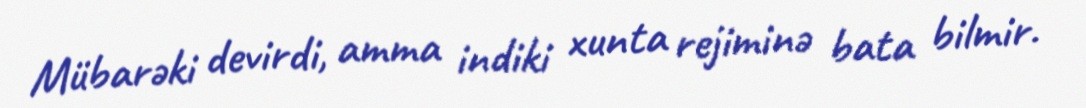
Mübarəki devirdi, amma indiki xunta rejiminə bata bilmir.